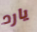
يارد